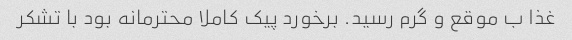
غذا ب موقع و گرم رسید. برخورد پیک کاملا محترمانه بود با تشکر